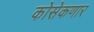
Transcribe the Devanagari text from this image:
कोसेकणार